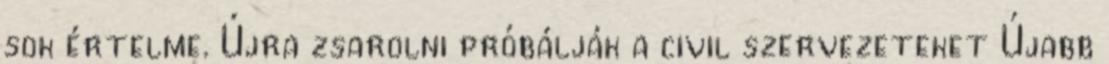
sok értelme. Újra zsarolni próbálják a civil szervezeteket Újabb